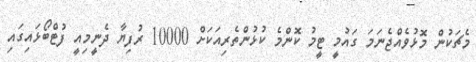
މެޗަކުން މޮޅުވެއްޖެނަމަ ގައުމީ ޓީމު ކޮންމެ ކުޅުންތެރިއަކަށް 10000 ރުފިޔާ ދެނީމިއީ ފުޓްބޯޅައިގައި